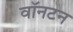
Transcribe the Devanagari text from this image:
वॉनटन